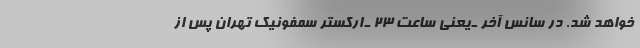
خواهد شد. در سانس آخر ـ یعنی ساعت ۲۳ ـ ارکستر سمفونیک تهران پس از